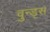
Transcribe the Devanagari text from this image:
वुन्ड्स